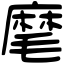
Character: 麾